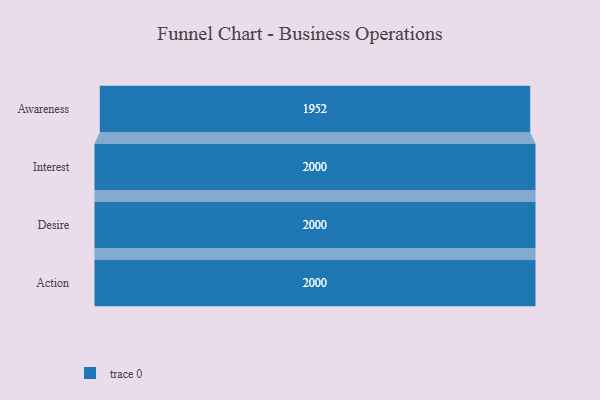
{"axis": {"x": "Stage", "y": "Value"}, "legend": [""], "data": [{"x": "Awareness", "y": 1952.0, "type": ""}, {"x": "Interest", "y": 2000, "type": ""}, {"x": "Desire", "y": 2000, "type": ""}, {"x": "Action", "y": 2000, "type": ""}]}